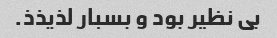
بی نظیر بود و بسبار لذیذذ.